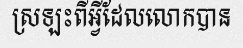
ស្រឡះពីអ្វីដែលលោកបាន